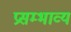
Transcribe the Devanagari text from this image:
प्रसम्भाव्य